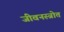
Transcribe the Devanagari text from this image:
जीवनस्त्रोत